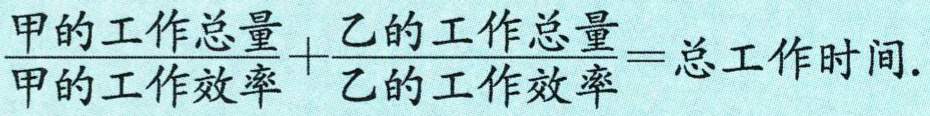
$\frac{甲的工作总量}{甲的工作效率}+\frac{乙的工作总量}{乙的工作效率}=总工作时间.$